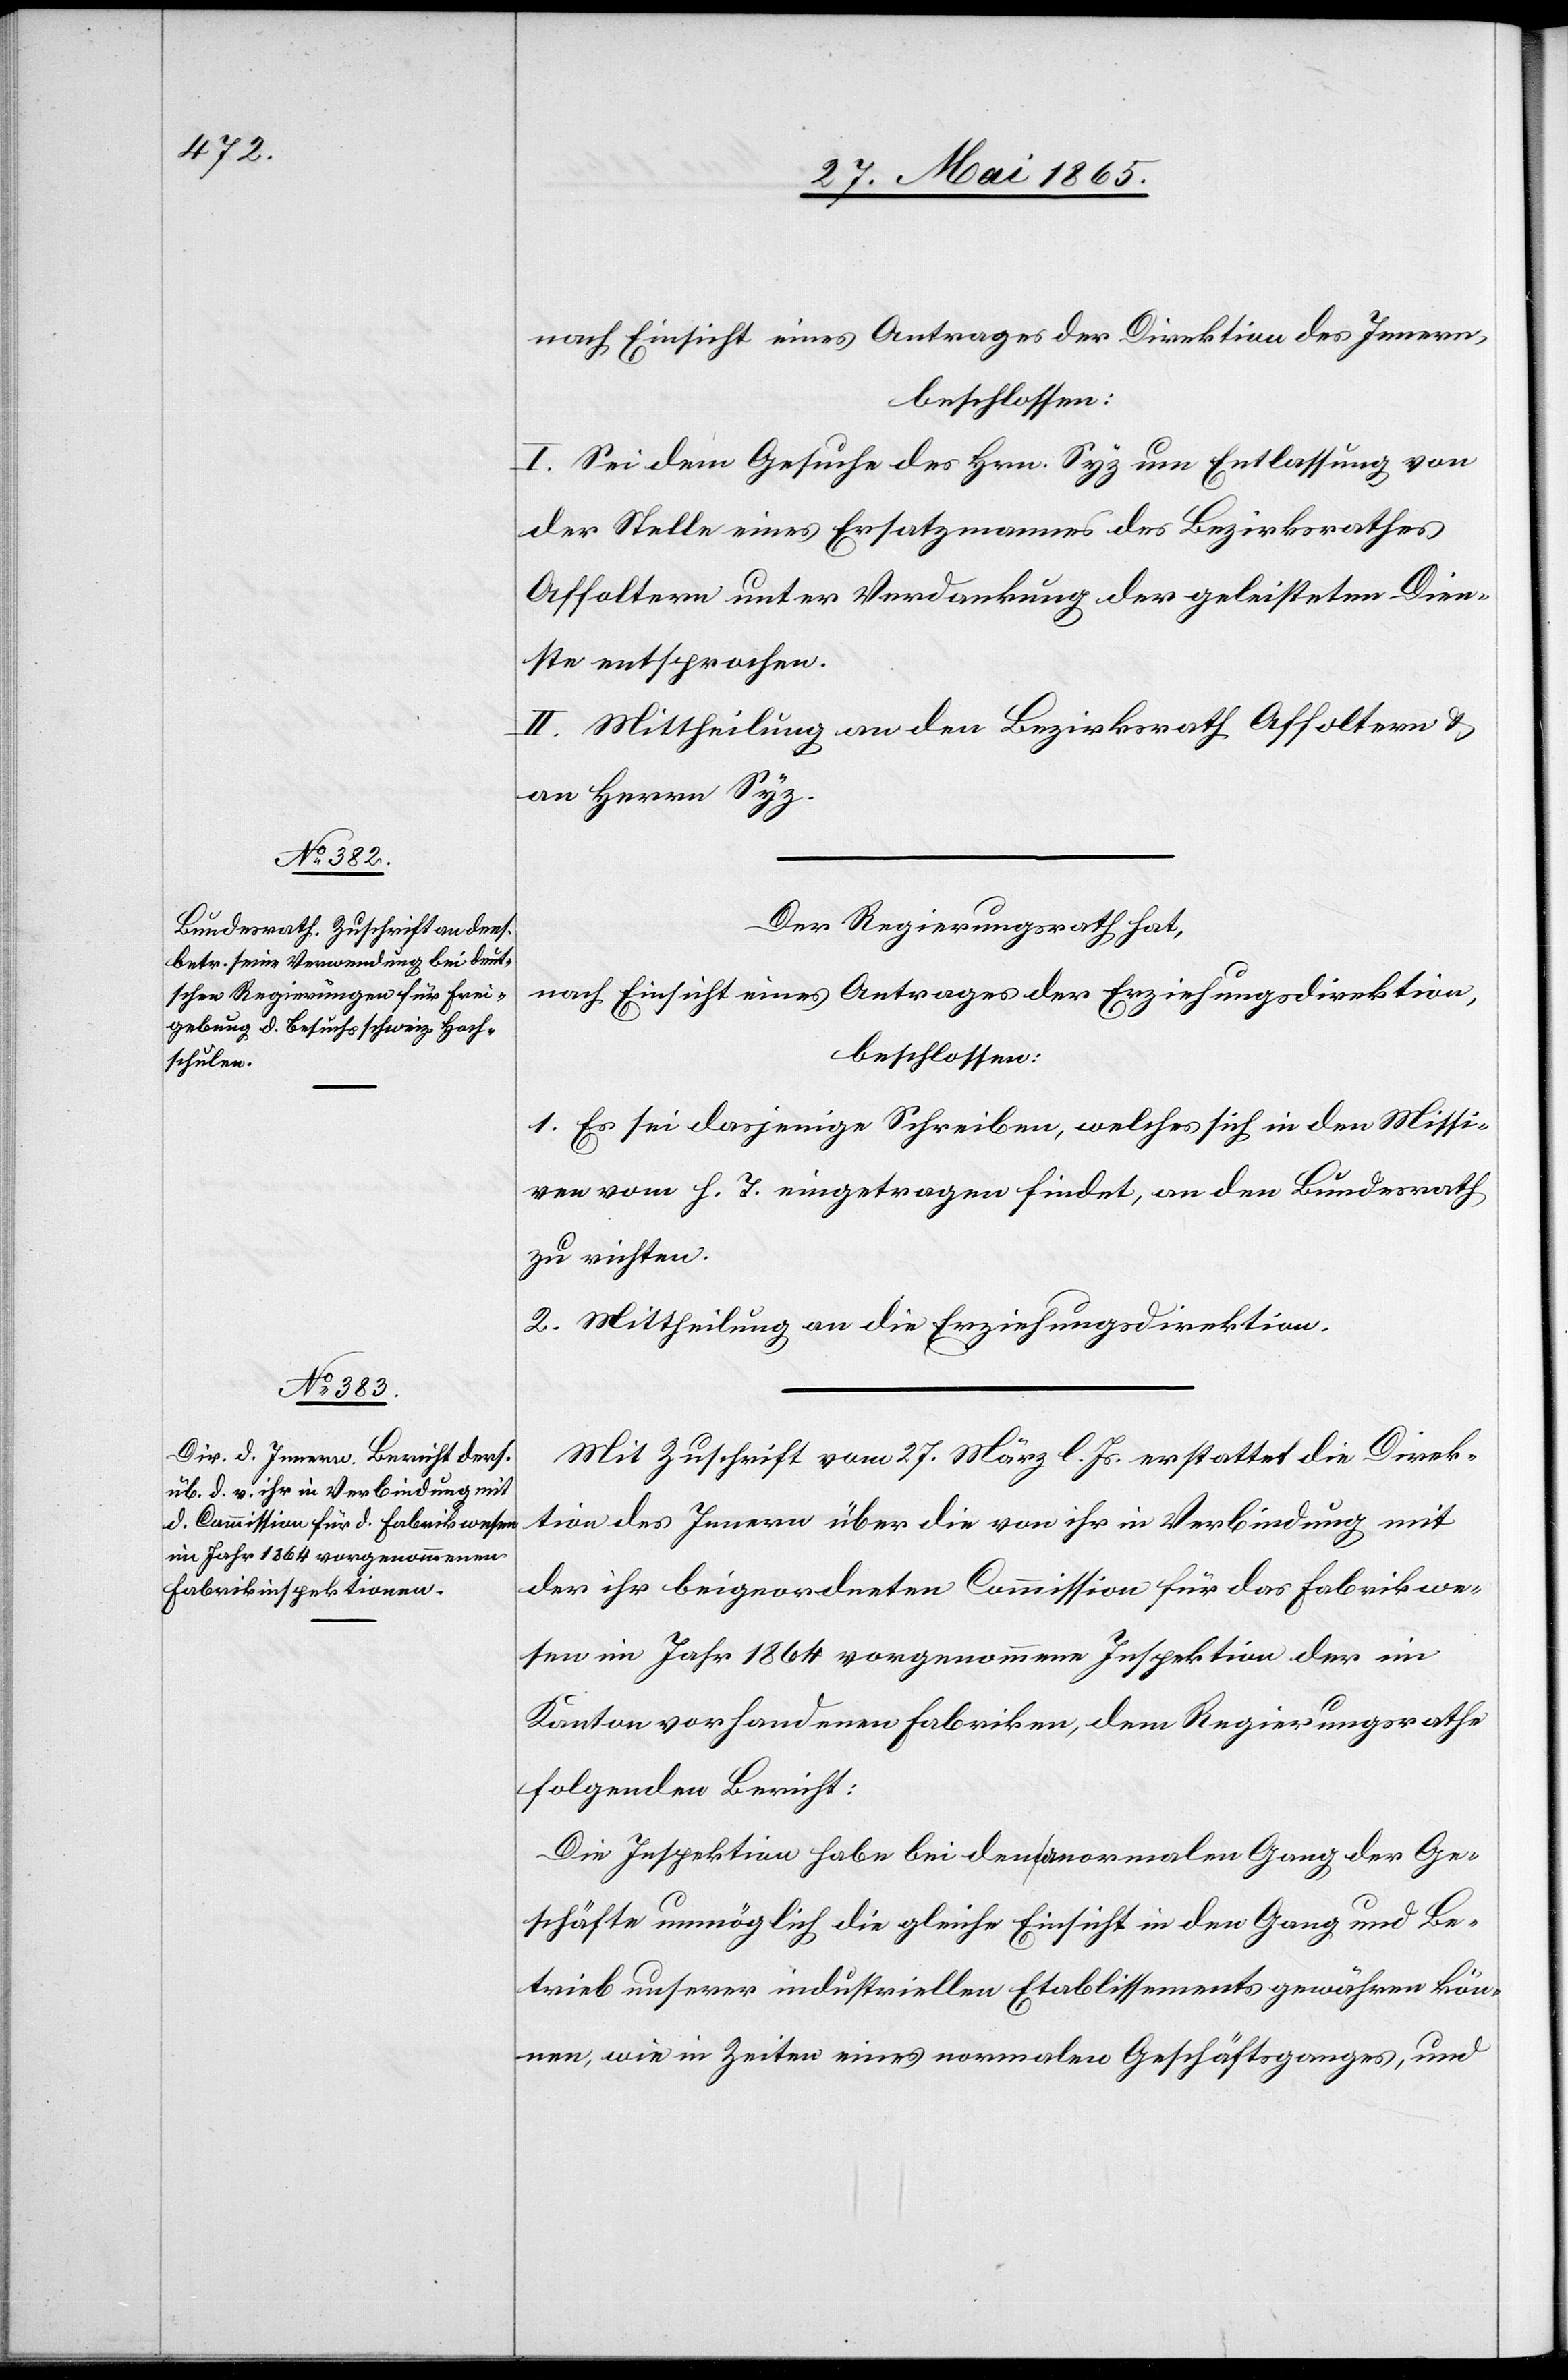
nach Einsicht eines Antrages der Direktion des Innern,
beschlossen:
I. Sei dem Gesuche des Hrn. Syz um Entlassung von
der Stelle eines Ersatzmannes des Bezirksrathes
Affoltern unter Verdankung der geleisteten Dien¬
ste entsprochen.
II. Mittheilung an den Bezirksrath Affoltern &
an Herrn Syz.
Der Regierungsrath hat,
nach Einsicht eines Antrages der Erziehungsdirektion,
beschlossen:
1. Es sei dasjenige Schreiben, welches sich in den Missi¬
ven vom h. T. eingetragen findet, an den Bundesrath
zu richten.
2. Mittheilung an die Erziehungsdirektion.
Mit Zuschrift vom 27. März l. Js. erstattet die Direk¬
tion des Innern über die von ihr in Verbindung mit
der ihr beigeordneten Commission für das Fabrikwe¬
sen im Jahr 1864 vorgenommene Inspektion der im
Kanton vorhandenen Fabriken, dem Regierungsrathe
folgenden Bericht:
Die Inspektion habe bei dem anormalen Gang der Ge¬
schäfte unmöglich die gleiche Einsicht in den Gang und Be¬
trieb unserer industriellen Etablissements gewähren kön¬
nen, wie in Zeiten eines normalen Geschäftsganges, und